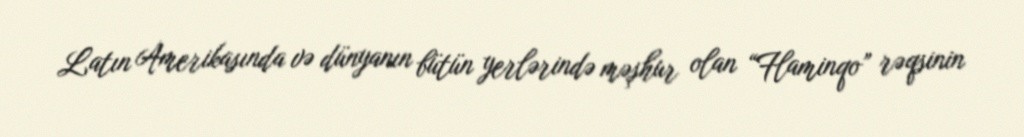
Latın Amerikasında və dünyanın bütün yerlərində məşhur olan “Flaminqo” rəqsinin